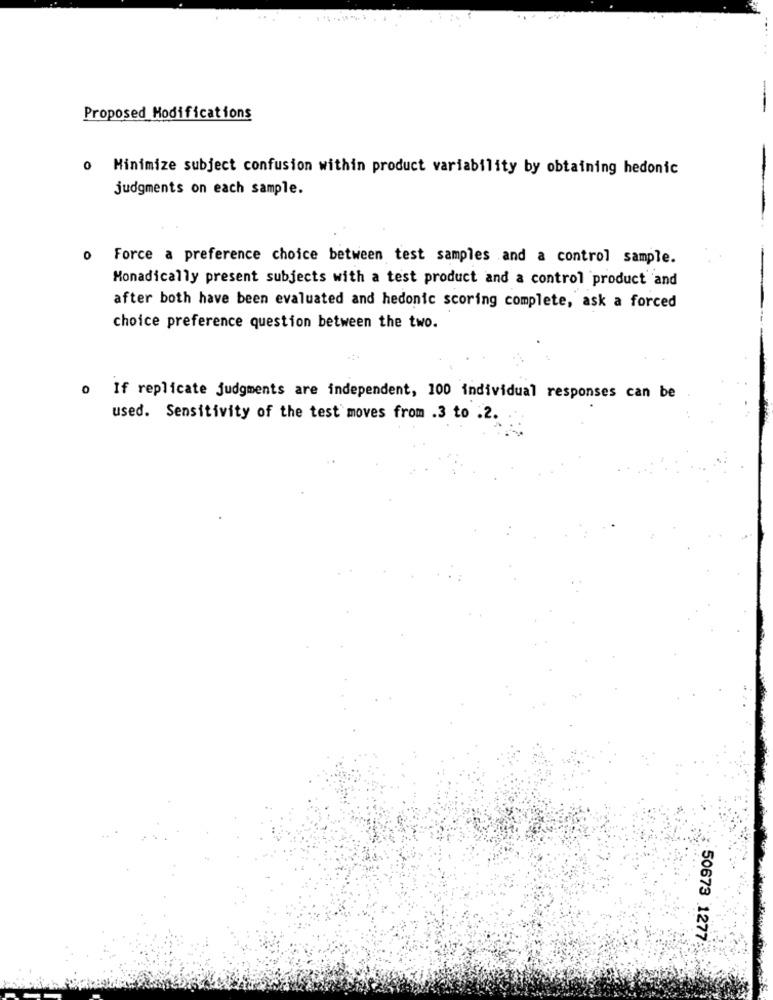
-
Proposed Modifications
o Minimize subject confusion within product variability by obtaining hedonic
judgments on each sample.
o Force a preference choice between test samples and a control sample.
Monadically present subjects with a test product and a control product and
after both have been evaluated and hedonic scoring complete, ask a forced
choice preference question between the two.
o If replicate judgments are independent, 100 individual responses can be
used. Sensitivity of the test moves from .3 to .2.
50673 1277